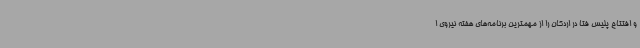
و افتتاح پلیس فتا در اردکان را از مهمترین برنامه‌های هفته نیروی ا